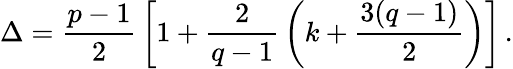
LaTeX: \Delta={\frac{p-1}{2}}\left[1+{\frac{2}{q-1}}\left(k+{\frac{3(q-1)}{2}}\right)\right]\, .